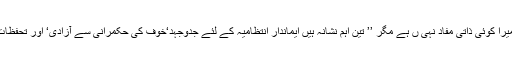
انہوں نے کہاکہ میرا کوئی ذاتی مفاد نہی ں ہے مگر ’’ تین اہم نشانہ ہیں ایماندار انتظامیہ کے لئے جدوجہد‘خوف کی حکمرانی سے آزادی‘ اور تحفظات برائے پاٹیدار‘‘۔